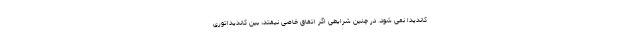
کاندیدا نمی شود. در چنین شرایطی اگر اتفاق خاصی نیفتد، بین کاندیداتوری